Civil Veterinary Dept. North-West Frontier Province 1901-22 - 1901-1922
Year: 1901
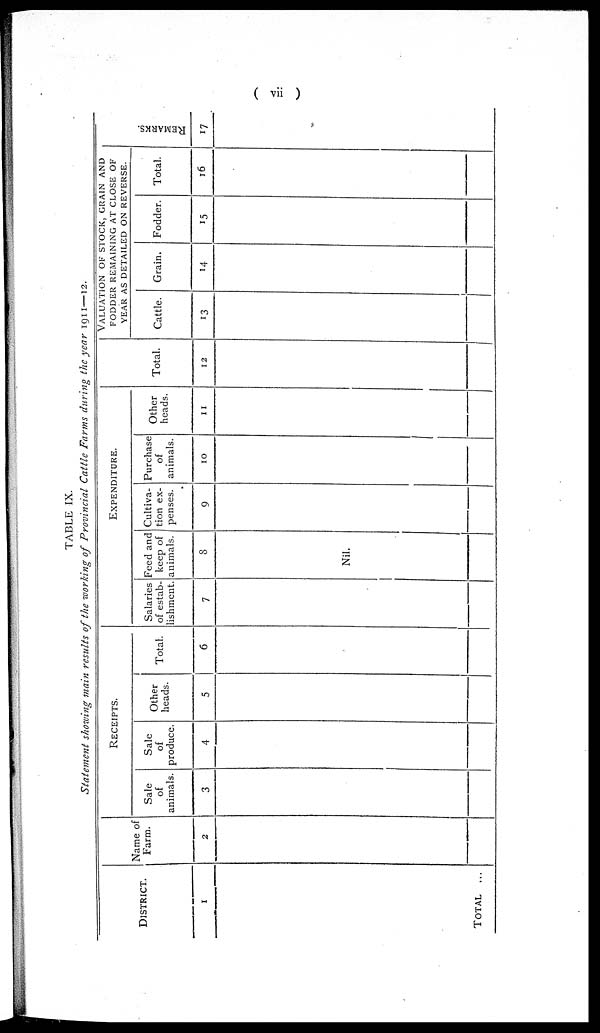
( vii )
TABLE IX.
Statement showing main results of the working of Provincial Cattle Farms during the year 1911—12.
DISTRICT.
1
TOTAL ...
Name of
Farm.
2
RECEIPTS.
Sale
of
animals.
3
Sale
of
produce.
4
Other
heads.
5
Total.
6
EXPENDITURE.
Salaries
of estab-
lishment.
7
Feed and
keep of
animals.
8
Nil.
Cultiva-
tion ex-
penses.
9
Purchase
of
animals.
10
Other
heads.
11
Total.
12
VALUATION OF STOCK, GRAIN AND
FODDER REMAINING AT CLOSE OF
YEAR AS DETAILED ON REVERSE.
Cattle.
13
Grain.
14
Fodder.
15
Total.
16
REMARKS.
17